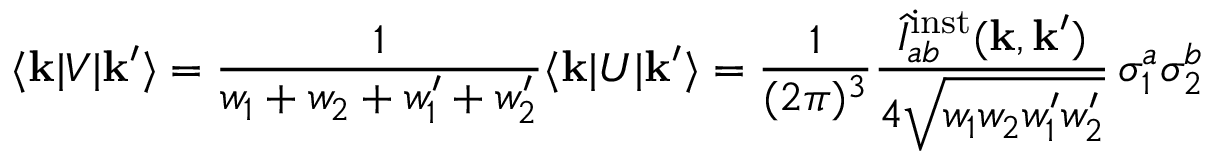
\langle { \bf k } \vert V \vert { \bf k } ^ { \prime } \rangle = { \frac { 1 } { w _ { 1 } + w _ { 2 } + w _ { 1 } ^ { \prime } + w _ { 2 } ^ { \prime } } } \langle { \bf k } \vert U \vert { \bf k } ^ { \prime } \rangle = \frac { 1 } { ( 2 \pi ) ^ { 3 } } \frac { \hat { I } _ { a b } ^ { \mathrm { i n s t } } ( { \bf k } , { \bf k } ^ { \prime } ) } { 4 \sqrt { w _ { 1 } w _ { 2 } w _ { 1 } ^ { \prime } w _ { 2 } ^ { \prime } } } \, \sigma _ { 1 } ^ { a } \sigma _ { 2 } ^ { b }